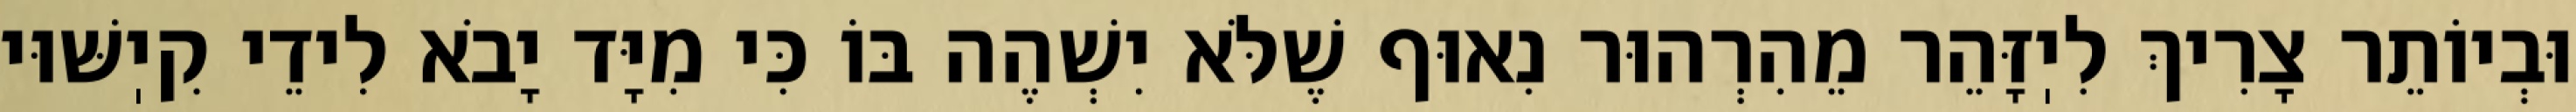
וּבְיוֹתֵר צָרִיךְ לִיֽזָּהֵר מֵהִרְהוּר נִאוּף שֶׁלֹּא יִשְׁהֶה בּוֹ כִּי מִיָּד יָבֹא לִידֵי קִיֽשּׁוּי